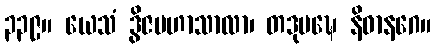
၃၃၉။ ယေသံ ဒွိဇမဟာသာလာ၊ တဒုပဍ္ဎေ နိဓာနဂေ။